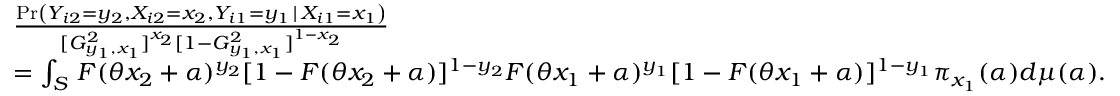
\begin{array} { r l } & { \frac { \operatorname* { P r } \left( Y _ { i 2 } = y _ { 2 } , X _ { i 2 } = x _ { 2 } , Y _ { i 1 } = y _ { 1 } \, | \, X _ { i 1 } = x _ { 1 } \right) } { [ G _ { y _ { 1 } , x _ { 1 } } ^ { 2 } ] ^ { x _ { 2 } } [ 1 - G _ { y _ { 1 } , x _ { 1 } } ^ { 2 } ] ^ { 1 - x _ { 2 } } } } \\ & { = \int _ { { \cal { S } } } \, F ( \theta x _ { 2 } + \alpha ) ^ { y _ { 2 } } [ 1 - F ( \theta x _ { 2 } + \alpha ) ] ^ { 1 - y _ { 2 } } F ( \theta x _ { 1 } + \alpha ) ^ { y _ { 1 } } [ 1 - F ( \theta x _ { 1 } + \alpha ) ] ^ { 1 - y _ { 1 } } \pi _ { x _ { 1 } } ( \alpha ) d \mu ( \alpha ) . } \end{array}